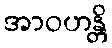
အာဝဟန္တိ